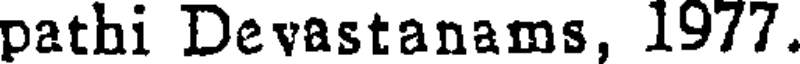
pathi Devastanams, 1977.